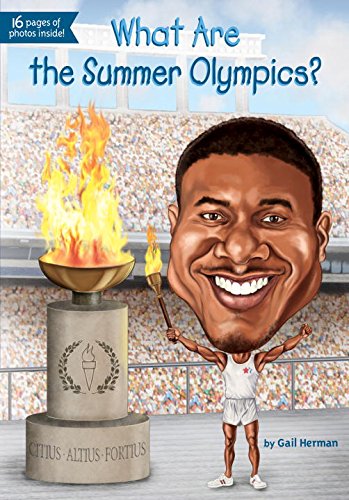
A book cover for What Are the Summer Olympics? (What Was...?); Gail Herman; Children's Books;